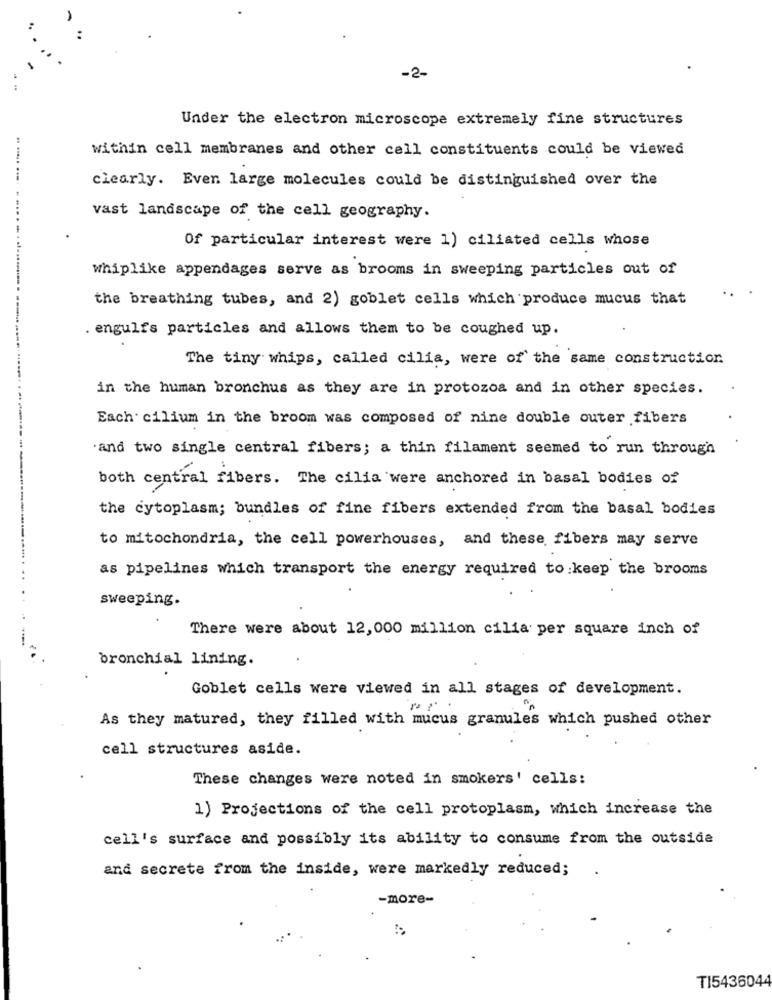
-2-
Under the electron microscope extremely fine structures
within cell membranes and other cell constituents could be viewed
clearly. Even large molecules could be distinguished over the
vast landscape of the cell geography.
Of particular interest were 1) ciliated cells whose
whiplike appendages serve as brooms in sweeping particles out of
the breathing tubes, and 2) goblet cells which produce mucus that
. engulf's particles and allows them to be coughed up.
The tiny whips, called cilia, were of the same construction
in the human bronchus as they are in protozoa and in other species.
Each. cilium in the broom was composed of nine double outer fibers
'and two single central fibers; a thin filament seemed to run through
both central fibers. The cilia were anchored in basal bodies of
the cytoplasm; bundles of fine fibers extended from the basal bodies
to mitochondria, the cell powerhouses, and these fibers may serve
as pipelines which transport the energy required to keep the brooms
sweeping.
There were about 12,000 million cilia per square inch of
bronchial lining.
Goblet cells were viewed in all stages of development.
As they matured, they filled with mucus granules which pushed other
cell structures aside.
These changes were noted in smokers' cells:
1) Projections of the cell protoplasm, which increase the
cell's surface and possibly its ability to consume from the outside
and secrete from the inside, were markedly reduced;
-more-
TI5436044